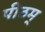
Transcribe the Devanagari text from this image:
पीठम्